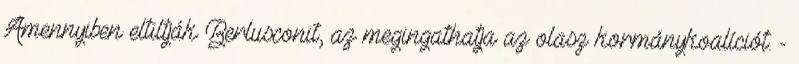
Amennyiben eltiltják Berlusconit, az megingathatja az olasz kormánykoalíciót. -